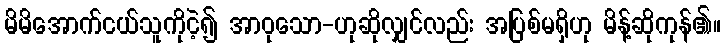
မိမိအောက်ငယ်သူကိုငဲ့၍ အာဝုသော-ဟုဆိုလျှင်လည်း အပြစ်မရှိဟု မိန့်ဆိုကုန်၏။